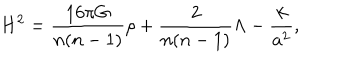
LaTeX: H ^ { 2 } = { \frac { 1 6 \pi G } { n ( n - 1 ) } } \rho + { \frac { 2 } { n ( n - 1 ) } } \Lambda - { \frac { k } { a ^ { 2 } } } ,